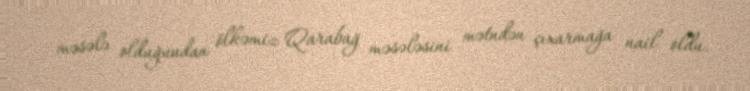
məsələ olduğundan ölkəmiz Qarabağ məsələsini mətndən çıxarmağa nail oldu.